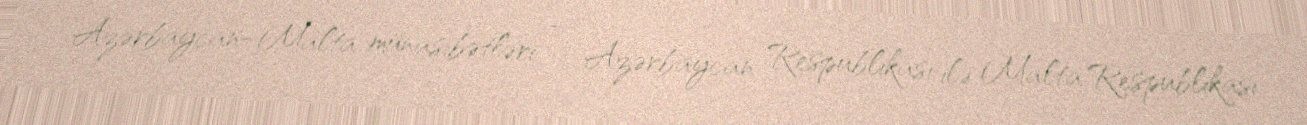
Azərbaycan–Malta münasibətləri — Azərbaycan Respublikası ilə Malta Respublikası